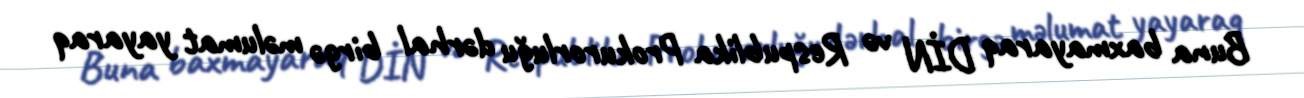
Buna baxmayaraq DİN və Respublika Prokurorluğu dərhal birgə məlumat yayaraq